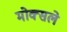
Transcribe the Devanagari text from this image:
मोक्सले